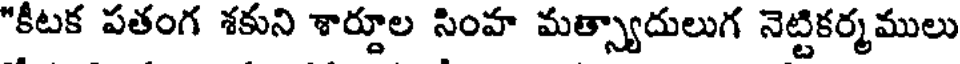
"కీటక పతంగ శకుని శార్దూల సింహ మత్స్యాదులుగ నెట్టికర్మములు